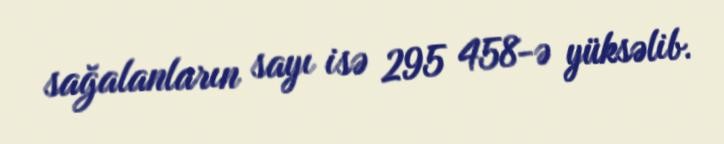
sağalanların sayı isə 295 458-ə yüksəlib.